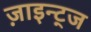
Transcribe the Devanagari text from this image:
ज़ाइन्ट्ज